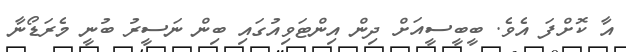
އާ ކޮށްފަ އެވެ. ބީބީސީއަށް ދިން އިންޓަވިއުގައި ބިން ނަސީރު ބުނީ މެރަޑޯނާ